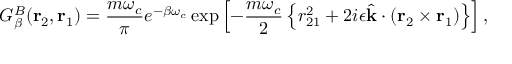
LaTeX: G _ { \beta } ^ { B } ( \mathrm { \bf r } _ { 2 } , \mathrm { \bf r } _ { 1 } ) = { \frac { m \omega _ { c } } { \pi } } e ^ { - \beta \omega _ { c } } \exp \left[ - { \frac { m \omega _ { c } } { 2 } } \left\{ r _ { 2 1 } ^ { 2 } + 2 i \epsilon \hat { \mathrm { \bf k } } \cdot ( \mathrm { \bf r } _ { 2 } \times \mathrm { \bf r } _ { 1 } ) \right\} \right] ,